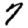
Digit: 7